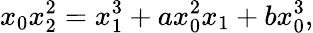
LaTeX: x_{0}x_{2}^{2}=x_{1}^{3}+ax_{0}^{2}x_{1}+bx_{0}^{3},